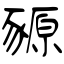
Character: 豲